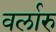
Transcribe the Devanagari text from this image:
वर्लारु